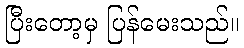
ပြီးတော့မှ ပြန်မေးသည်။